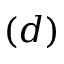
( d )